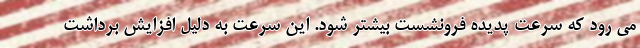
می رود که سرعت پدیده فرونشست بیشتر شود. این سرعت به دلیل افزایش برداشت